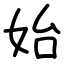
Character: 始